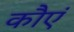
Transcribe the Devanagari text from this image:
कौएं